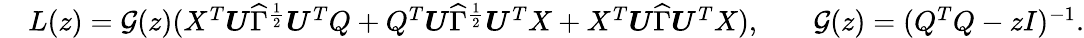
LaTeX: \begin{array}{rlrl}&{L(z)={\mathcal G}(z)(X^{T}{\boldsymbol U}\widehat\Gamma^{\frac{1}{2}}{\boldsymbol U}^{T}Q+Q^{T}{\boldsymbol U}\widehat\Gamma^{\frac{1}{2}}{\boldsymbol U}^{T}X+X^{T}{\boldsymbol U}\widehat\Gamma{\boldsymbol U}^{T}X),}&&{{\mathcal G}(z)=(Q^{T}Q-zI)^{-1}.}\end{array}